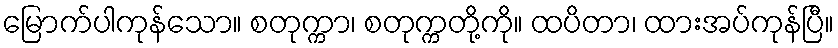
မြောက်ပါကုန်သော။ စတုက္ကာ၊ စတုက္ကတို့ကို။ ထပိတာ၊ ထားအပ်ကုန်ပြီ။